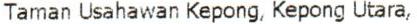
TAMAN USAHAWAN KEPONG, KEPONG UTARA,